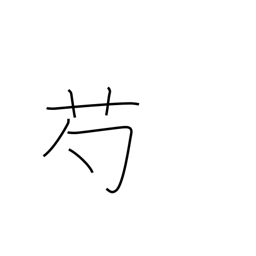
Meaning: peony